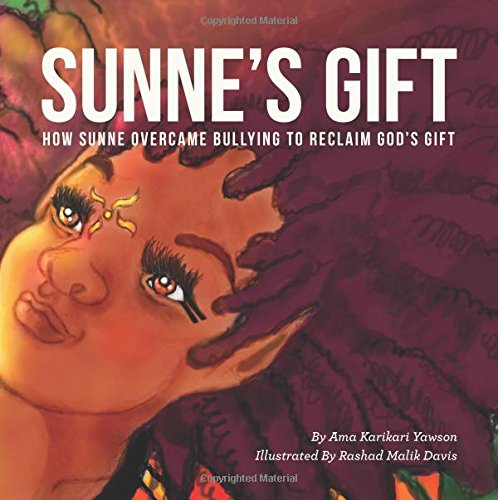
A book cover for Sunne's Gift: How Sunne Overcame Bullying to Reclaim God's Gift; Ama Karikari Yawson; Children's Books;